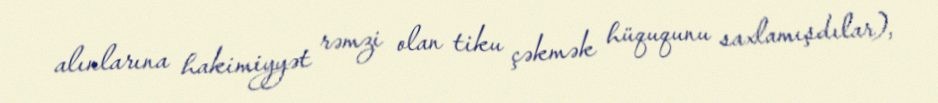
alınlarına hakimiyyət rəmzi olan tiku çəkmək hüququnu saxlamışdılar),